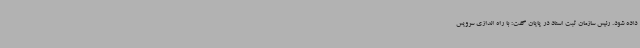
داده شود. رئیس سازمان ثبت اسناد در پایان گفت: با راه اندازی سرویس